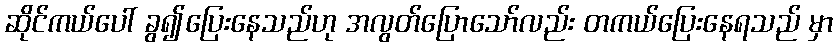
ဆိုင်ကယ်ပေါ် ခွ၍ပြေးနေသည်ဟု အလွတ်ပြောသော်လည်း တကယ်ပြေးနေရသည် မှာ